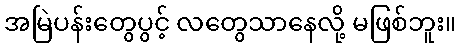
အမြဲပန်းတွေပွင့် လတွေသာနေလို့ မဖြစ်ဘူး။